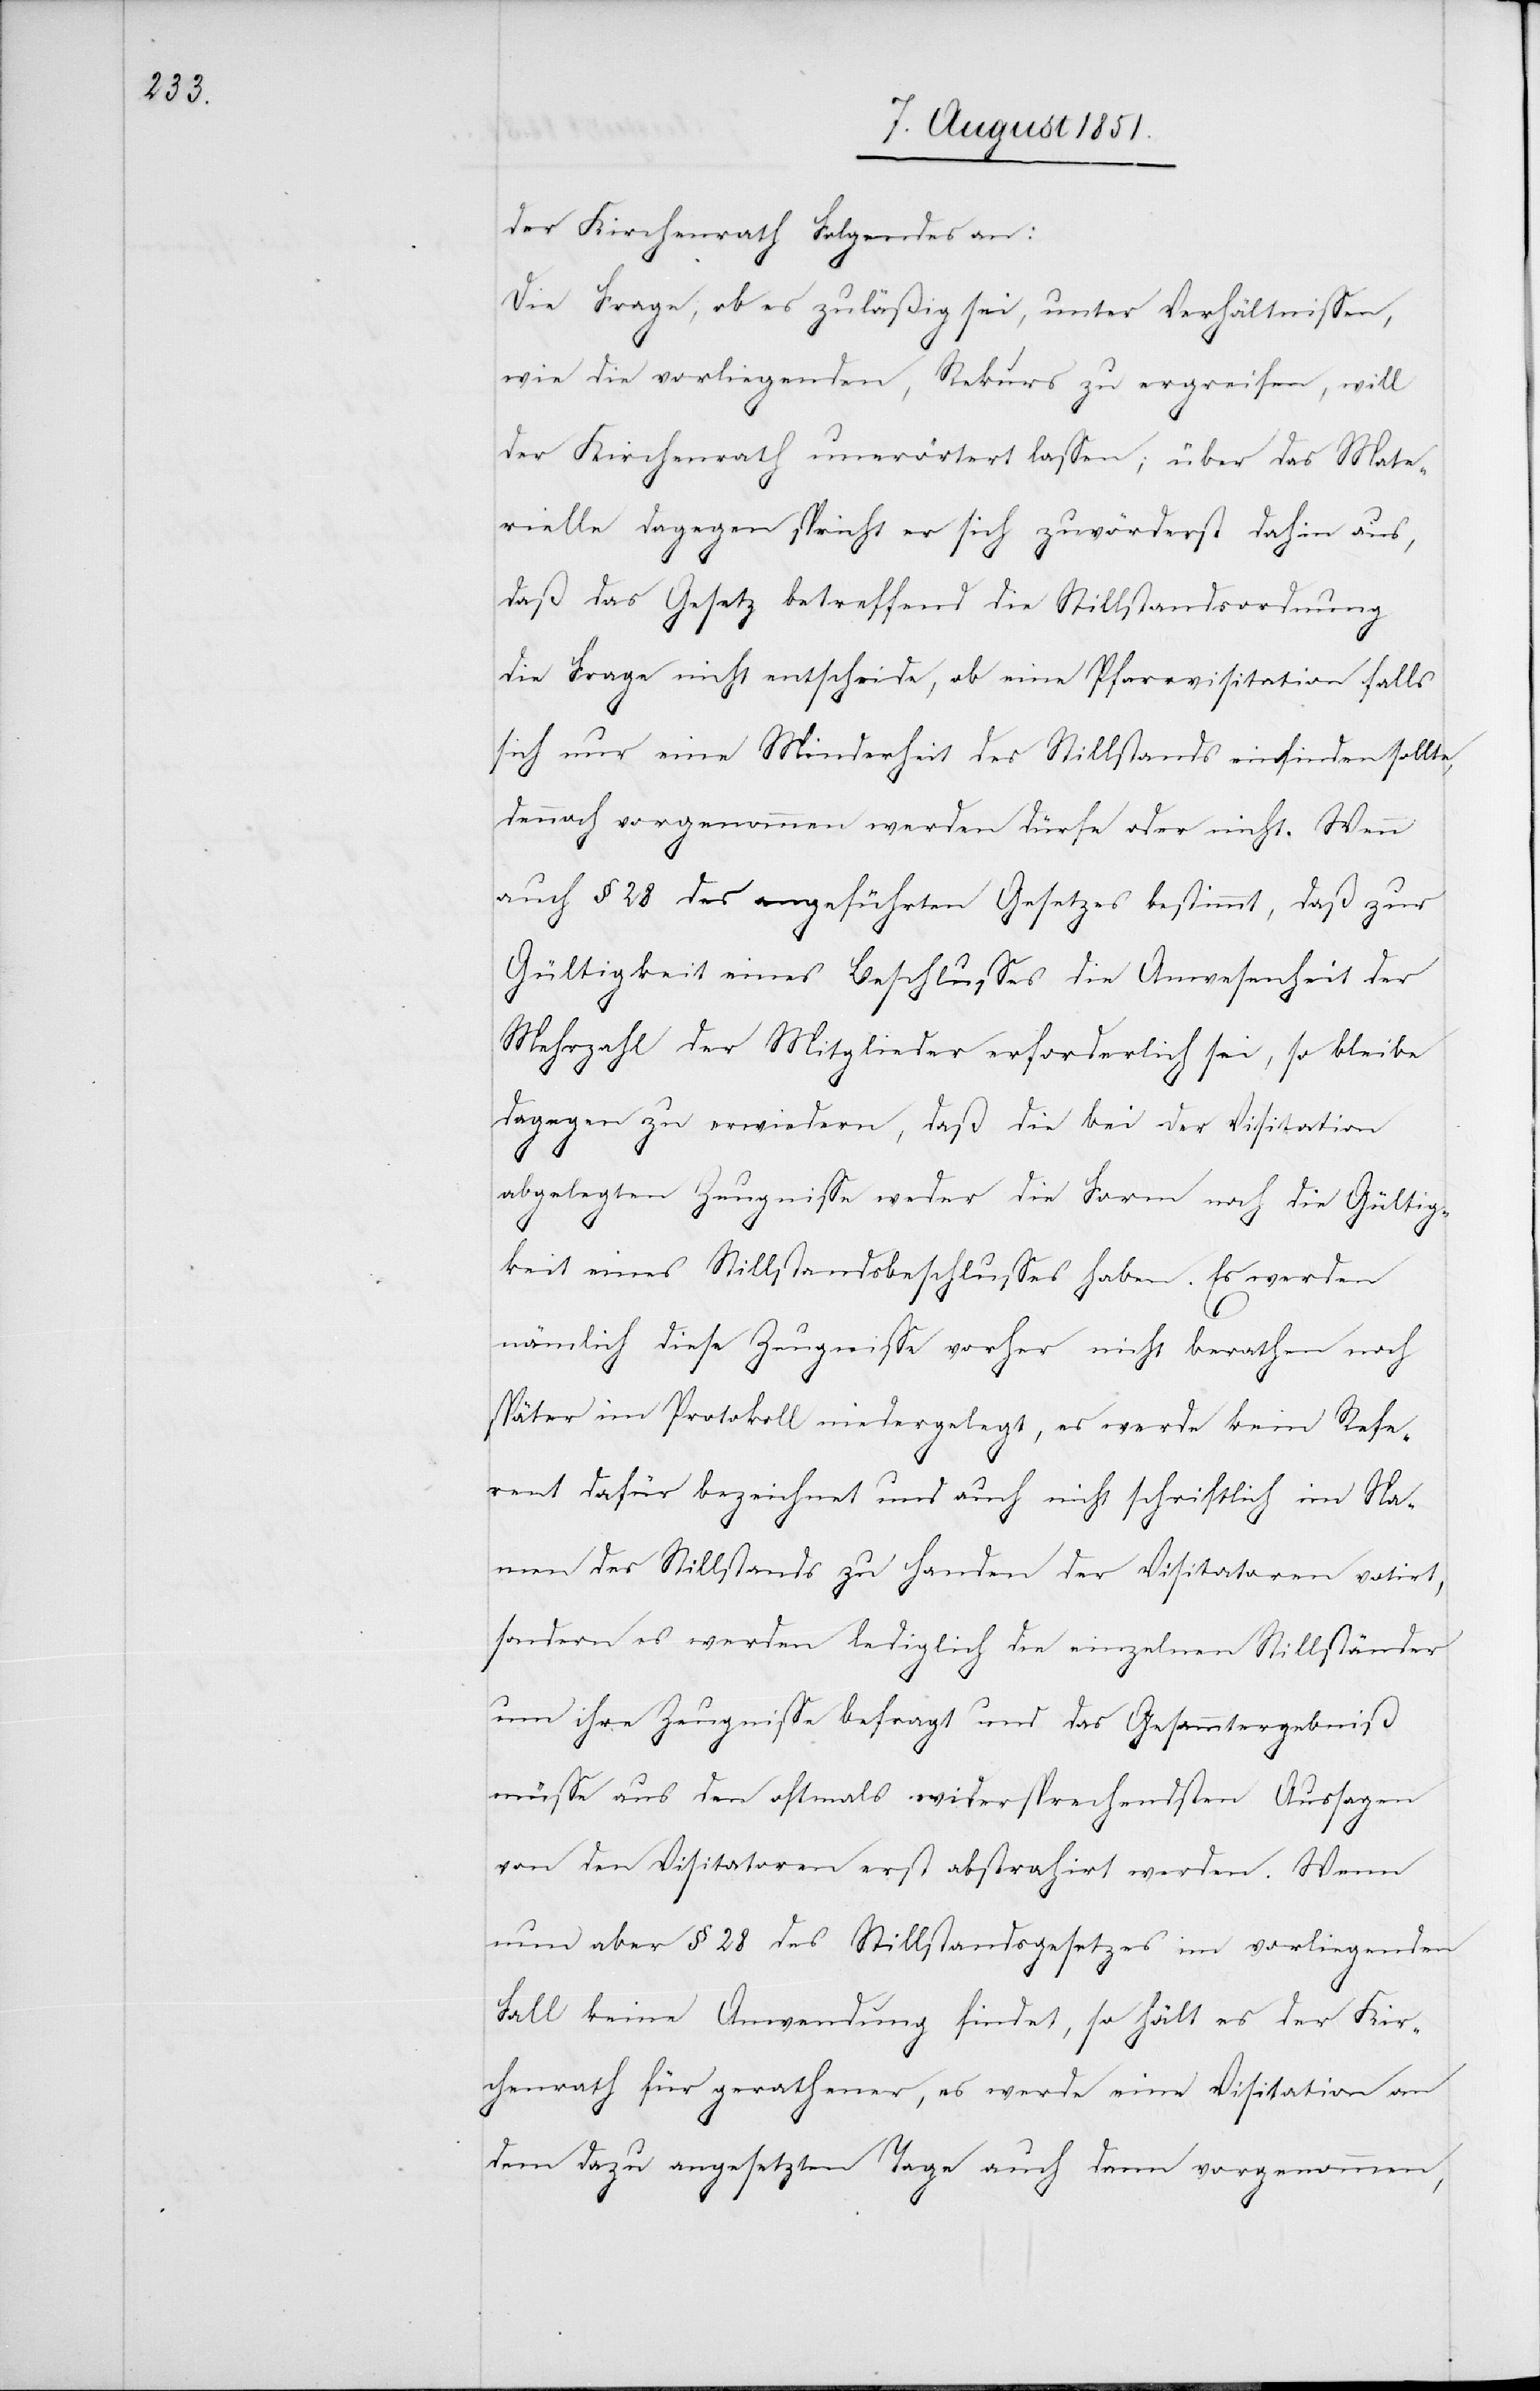
der Kirchenrath Folgendes an:
Die Frage, ob es zuläßig sei, unter Verhältnissen,
wie die vorliegenden, Rekurs zu ergreifen, will
der Kirchenrath unerörtert lassen; über das Mate¬
rielle dagegen spricht er sich zuvörderst dahin aus,
daß das Gesetz betreffend die Stillstandsordnung
die Frage nicht entscheide, ob eine Pfarrvisitation falls
sich nur eine Minderheit des Stillstands einfinden sollte,
dennoch vorgenommen werden dürfe oder nicht. Wenn
auch § 28 des angeführten Gesetzes bestimmt, daß zur
Gültigkeit eines Beschlusses die Anwesenheit der
Mehrzahl der Mitglieder erforderlich sei, so bleibe
dagegen zu erwiedern, daß die bei der Visitation
abgelegten Zeugnisse weder die Form noch die Gültig¬
keit eines Stillstandsbeschlusses haben. Es werden
nämlich diese Zeugnisse vorher nicht berathen noch
später im Protokoll niedergelegt, es werde kein Refe¬
rent dafür bezeichnet und auch nicht schriftlich im Na¬
men des Stillstands zu Handen der Visitatoren votirt,
sondern es werden lediglich die einzelnen Stillständer
um ihre Zeugnisse befragt und das Gesammtergebniß
müsse aus den oftmals widersprechendsten Aussagen
von den Visitatoren erst abstrahirt werden. Wenn
nun aber § 28 des Stillstandsgesetzes im vorliegenden
Fall keine Anwendung findet, so hält es der Kir¬
chenrath für gerathener, es werde eine Visitation an
dem dazu angesetzen Tage auch dann vorgenommen,